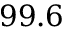
9 9 . 6